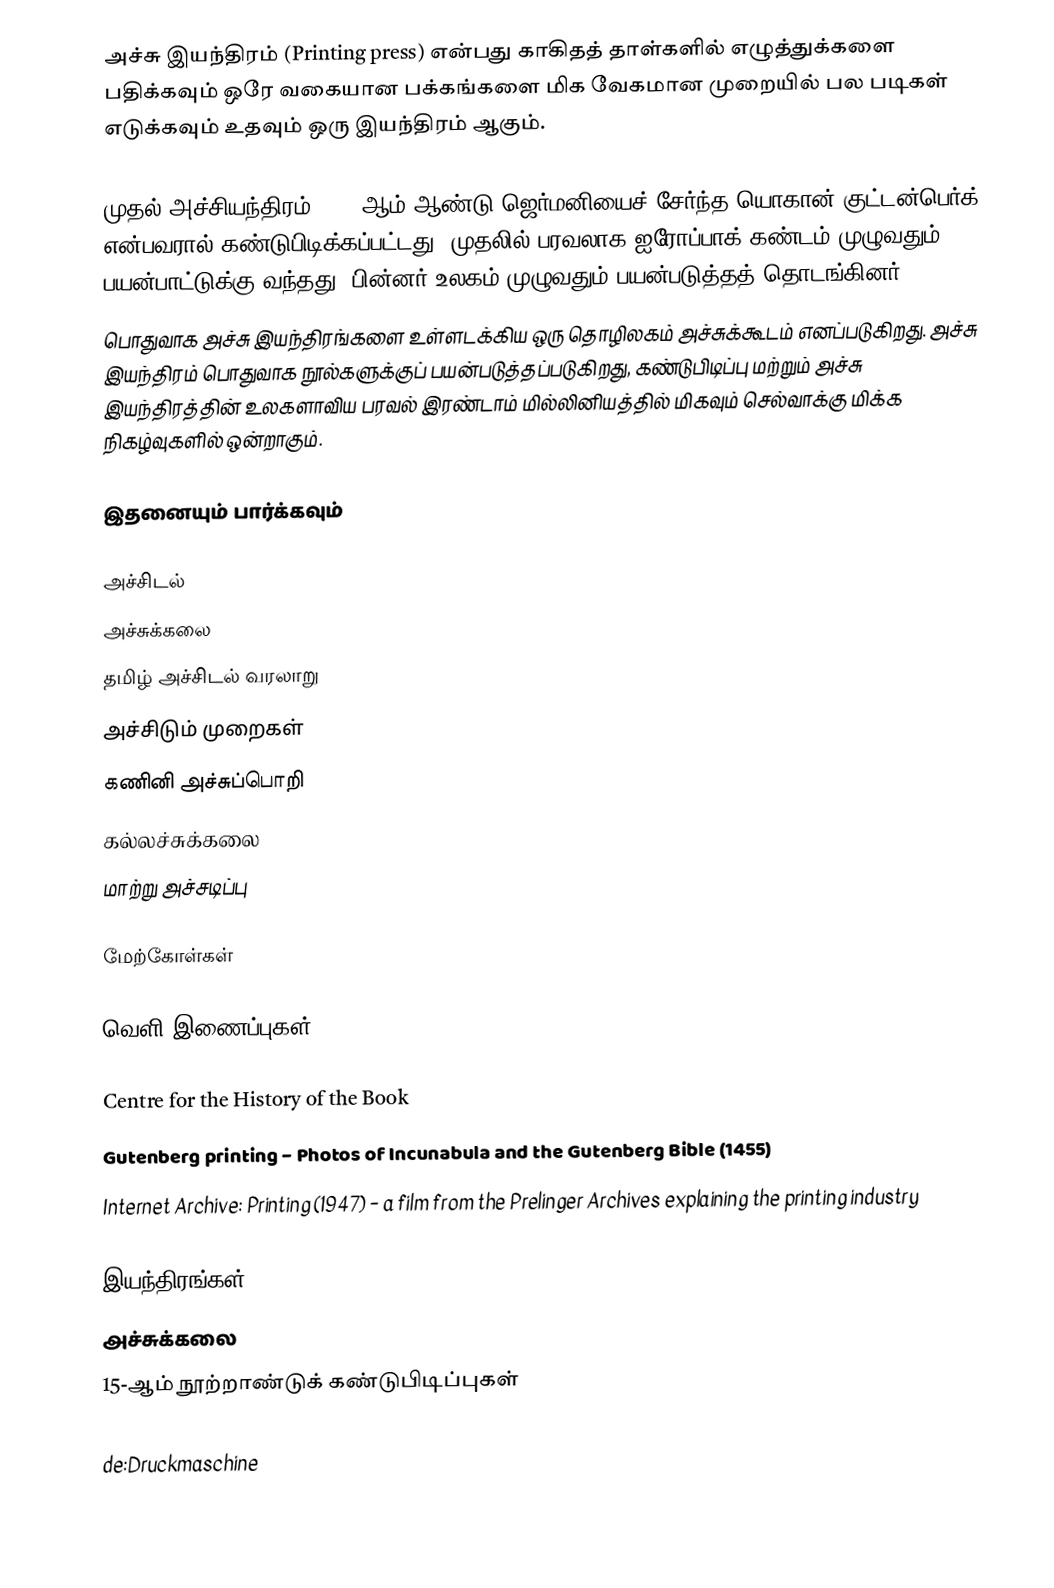
அச்சு இயந்திரம் (Printing press) என்பது காகிதத் தாள்களில் எழுத்துக்களை பதிக்கவும் ஒரே வகையான பக்கங்களை மிக வேகமான முறையில் பல படிகள் எடுக்கவும் உதவும் ஒரு இயந்திரம் ஆகும்.

முதல் அச்சியந்திரம் 1450 ஆம் ஆண்டு ஜெர்மனியைச் சேர்ந்த யொகான் குட்டன்பெர்க் என்பவரால் கண்டுபிடிக்கப்பட்டது. முதலில் பரவலாக ஐரோப்பாக் கண்டம் முழுவதும் பயன்பாட்டுக்கு வந்தது. பின்னர் உலகம் முழுவதும் பயன்படுத்தத் தொடங்கினர்.
பொதுவாக அச்சு இயந்திரங்களை உள்ளடக்கிய ஒரு தொழிலகம் அச்சுக்கூடம் எனப்படுகிறது. அச்சு இயந்திரம் பொதுவாக நூல்களுக்குப் பயன்படுத்தப்படுகிறது, கண்டுபிடிப்பு மற்றும் அச்சு இயந்திரத்தின் உலகளாவிய பரவல் இரண்டாம் மில்லினியத்தில் மிகவும் செல்வாக்கு மிக்க நிகழ்வுகளில் ஒன்றாகும்.

இதனையும் பார்க்கவும்

 அச்சிடல்
 அச்சுக்கலை
 தமிழ் அச்சிடல் வரலாறு
 அச்சிடும் முறைகள்
 கணினி அச்சுப்பொறி
 கல்லச்சுக்கலை
 மாற்று அச்சடிப்பு

மேற்கோள்கள்

வெளி இணைப்புகள்

 Centre for the History of the Book
 Gutenberg printing − Photos of Incunabula and the Gutenberg Bible (1455)
 Internet Archive: Printing (1947) − a film from the Prelinger Archives explaining the printing industry

இயந்திரங்கள்
அச்சுக்கலை
15-ஆம் நூற்றாண்டுக் கண்டுபிடிப்புகள்

de:Druckmaschine